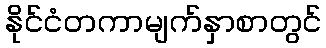
နိုင်ငံတကာမျက်နှာစာတွင်